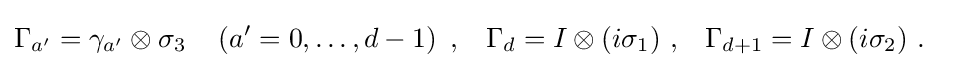
{\begin{aligned}\Gamma _{a'}&=\gamma _{a'}\otimes \sigma _{3}~~~\left(a'=0,\dots ,d-1\right)~,&\Gamma _{d}&=I\otimes (i\sigma _{1})~,&\Gamma _{d+1}&=I\otimes (i\sigma _{2})~.\end{aligned}}